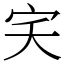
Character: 宎